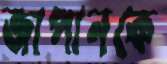
জাপানকে